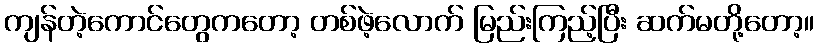
ကျန်တဲ့ကောင်တွေကတော့ တစ်ဖဲ့လောက် မြည်းကြည့်ပြီး ဆက်မတို့တော့။